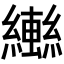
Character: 𬘄